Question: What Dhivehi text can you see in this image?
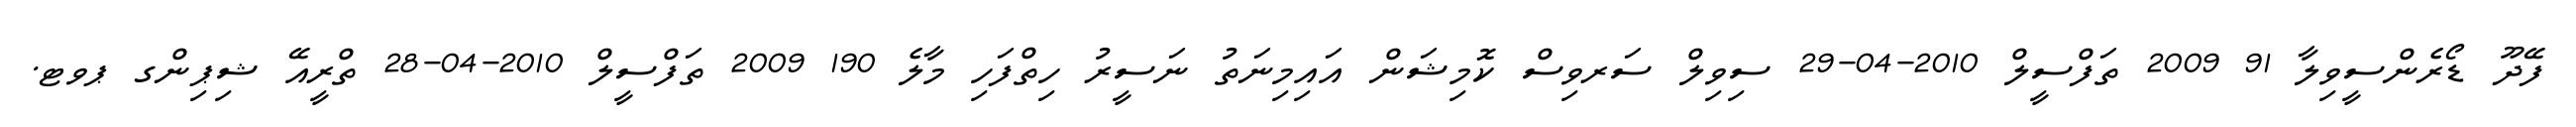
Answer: ފޭދޫ ޑޯރެންސީވިލާ 91 2009 ތަފްސީލް 2010-04-29 ސިވިލް ސަރވިސް ކޮމިޝަން އައިމިނަތު ނަސީރު ހިތްފަހި މާލެ 190 2009 ތަފްސީލް 2010-04-28 ތްރީއޭ ޝިޕިންގ ޕވޓ.